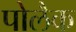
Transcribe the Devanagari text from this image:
पोलैक